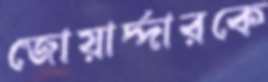
জোয়ার্দ্দারকে